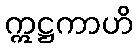
ဣဋ္ဌကာဟိ